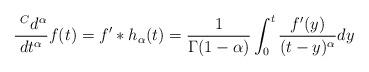
LaTeX: \begin{align*}\frac{~^Cd^{\alpha}}{dt^{\alpha}}f(t) = f'*h_{\alpha}(t)=\frac{1}{\Gamma(1-\alpha)}\int_0^t \frac{f'(y)}{(t-y)^{\alpha}}dy\end{align*}